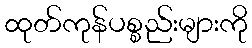
ထုတ်ကုန်ပစ္စည်းများကို